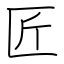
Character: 匠